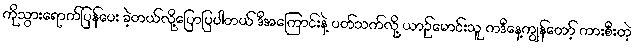
ကိုသွားရောက်ပြန်ပေး ခဲ့တယ်လို့ပြောပြပါတယ် ဒီအကြောင်းနဲ့ ပတ်သက်လို့ ယာဉ်မောင်းသူ ကဒီနေ့ကျွန်တော့် ကားစီးတဲ့